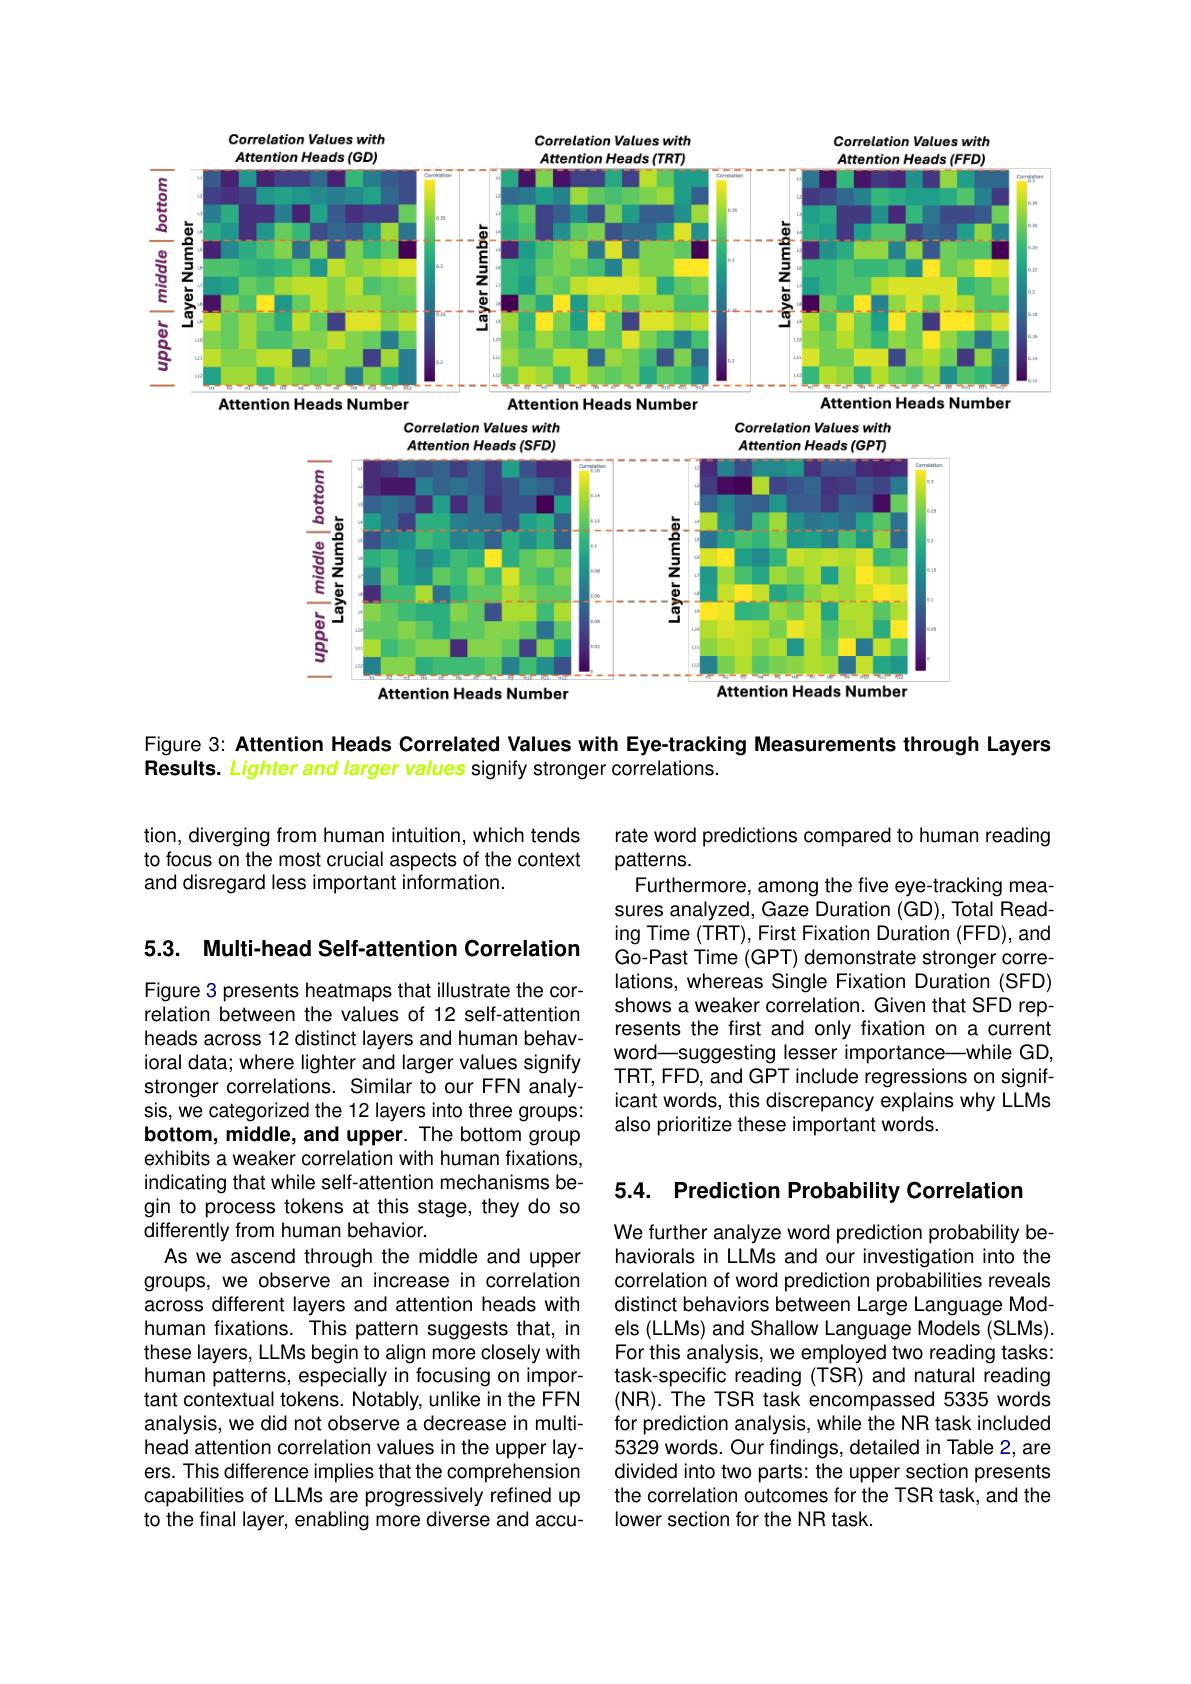
Correlation Values with
<FigureHere>

Correlation Values with

Correlation Values with

$\frac{\textcircled{6}}{\textcircled{8}}$

$\frac{\frac{4}{6}}{\frac{6}{5}}=\frac{9}{5}$

Figure 3: Attention Heads Correlated Values with Eye-tracking Measurements through Layers

Results. Lighter and larger values signify stronger correlations.

tion, diverging from human intuition, which tends to focus on the most crucial aspects of the context and disregard less important information.

5.3. Multi-head Self-attention Correlation

rate word predictions compared to human reading
patterns.
Furthermore, among the five eye-tracking measures analyzed, Gaze Duration (GD), Total Reading Time (TRT), First Fixation Duration (FFD), and Go-Past Time (GPT) demonstrate stronger correlations, whereas Single Fixation Duration (SFD) shows a weaker correlation. Given that SFD represents the first and only fixation on a current word\_suggesting lesser importance—while GD, TRT, FFD, and GPT include regressions on significant words, this discrepancy explains why LLMs also prioritize these important words.

5.4. Prediction Probability Correlation

Figure 3 presents heatmaps that illustrate the correlation between the values of 12 self-attention heads across 12 distinct layers and human behavioral data; where lighter and larger values signify stronger correlations. Similar to our FFN analysis, we categorized the 12 layers into three groups: bottom, middle, and upper. The bottom group exhibits a weaker correlation with human fixations, indicating that while self-attention mechanisms begin to process tokens at this stage, they do so differently from human behavior.
As we ascend through the middle and upper groups, we observe an increase in correlation across different layers and attention heads with human fixations. This pattern suggests that, in these layers, LLMs begin to align more closely with human patterns, especially in focusing on important contextual tokens. Notably, unlike in the FFN analysis, we did not observe a decrease in multihead attention correlation values in the upper layers. This difference implies that the comprehension capabilities of LLMs are progressively refined up to the final layer, enabling more diverse and accu-

We further analyze word prediction probability behaviorals in LLMs and our investigation into the correlation of word prediction probabilities reveals distinct behaviors between Large Language Models (LLMs) and Shallow Language Models (SLMs). For this analysis, we employed two reading tasks: task-specific reading (TSR) and natural reading (NR). The TSR task encompassed 5335 words for prediction analysis, while the NR task included 5329 words. Our findings, detailed in Table 2, are divided into two parts: the upper section presents the correlation outcomes for the TSR task, and the lower section for the NR task.